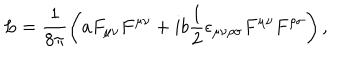
LaTeX: L = \frac { 1 } { 8 \pi } \left( a F _ { \mu \nu } F ^ { \mu \nu } + i b \frac { 1 } { 2 } \epsilon _ { \mu \nu \rho \sigma } F ^ { \mu \nu } F ^ { \rho \sigma } \right) ,